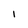
Character: I